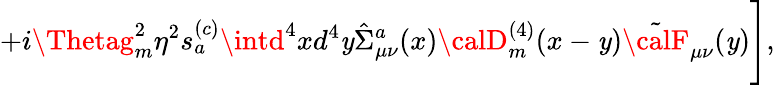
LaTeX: +i\Thetag_{m}^{2}\eta^{2}s_{a}^{(c)}\intd^{4}xd^{4}\mathit{y}\hat{{\Sigma}}_{\mu\nu}^{a}(x){\calD}_{m}^{(4)}(x-\mathit{y})\tilde{{\calF}}_{\mu\nu}(\mathit{y})\Biggr],